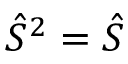
\hat { S } ^ { 2 } = \hat { S }